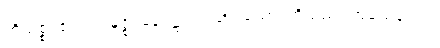
ဟိသစ္စံ၊ ၏။ ပဌမဇ္ဈာနေ၊ ၌။ ဖဿာဒယော၊ တို့သည်။ အညေယေဝ၊